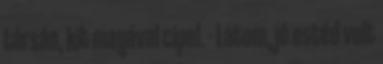
társán, kit magával cipel. - Látom, jó estéd volt